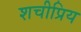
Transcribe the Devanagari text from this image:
शचीप्रिय